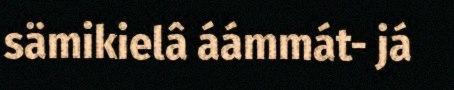
sämikielâ áámmát- já